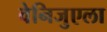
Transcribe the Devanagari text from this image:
वेनिजुएला